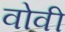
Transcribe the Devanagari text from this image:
वोवी